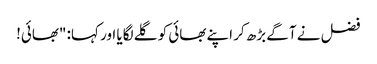
فضل نے آگے بڑھ کر اپنے بھائی کو گلے لگایا اور کہا: "بھائی!